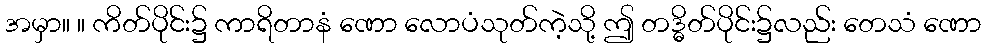
အမှာ။ ။ ကိတ်ပိုင်း၌ ကာရိတာနံ ဏော လောပံသုတ်ကဲ့သို့ ဤ တဒ္ဓိတ်ပိုင်း၌လည်း တေသံ ဏော